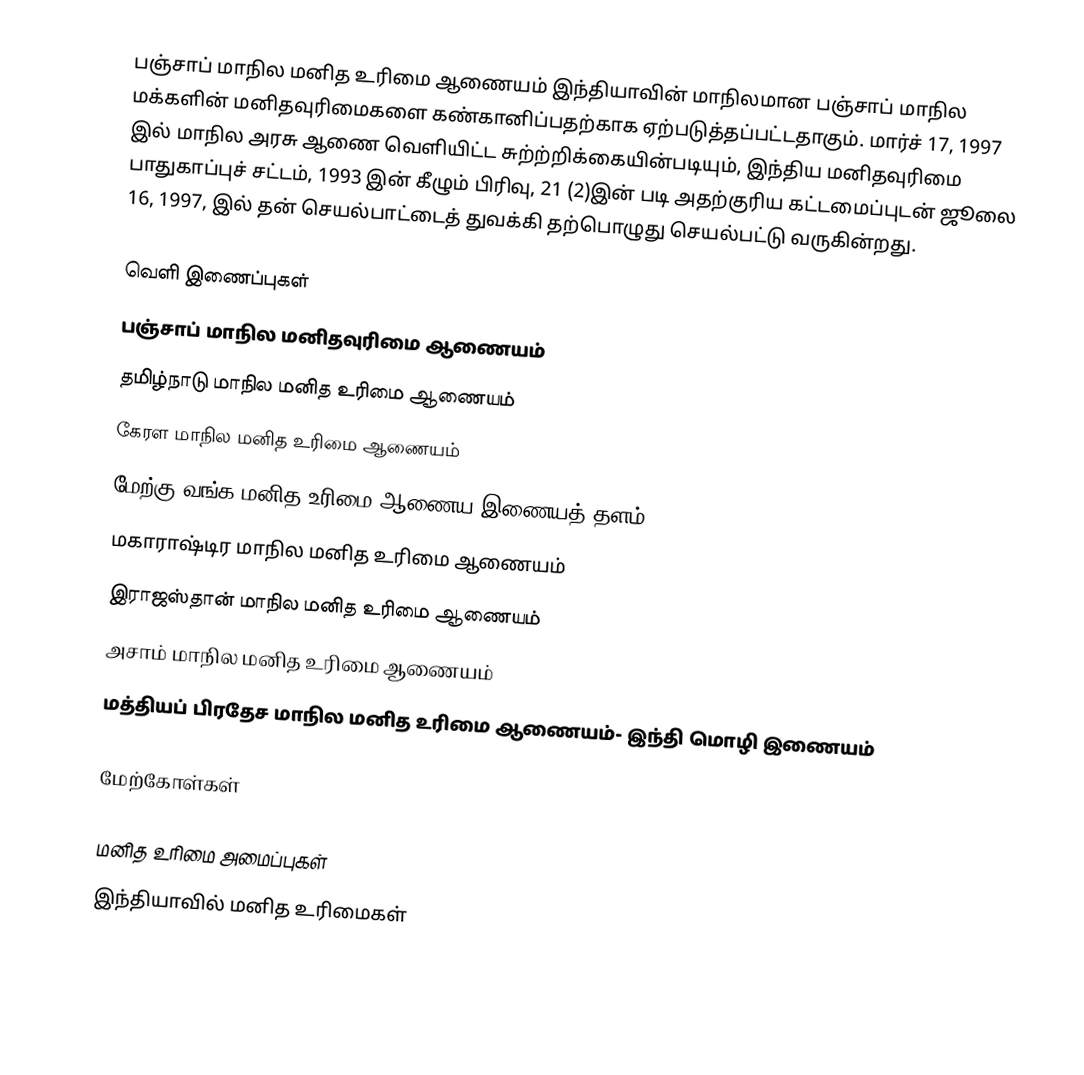
பஞ்சாப் மாநில மனித உரிமை ஆணையம் இந்தியாவின் மாநிலமான பஞ்சாப் மாநில மக்களின் மனிதவுரிமைகளை கண்கானிப்பதற்காக ஏற்படுத்தப்பட்டதாகும். மார்ச் 17, 1997 இல் மாநில அரசு ஆணை வெளியிட்ட சுற்ற்றிக்கையின்படியும், இந்திய மனிதவுரிமை பாதுகாப்புச் சட்டம், 1993 இன் கீழும் பிரிவு, 21 (2)இன் படி அதற்குரிய கட்டமைப்புடன் ஜூலை 16, 1997, இல் தன் செயல்பாட்டைத் துவக்கி தற்பொழுது செயல்பட்டு வருகின்றது.

வெளி இணைப்புகள்
பஞ்சாப் மாநில மனிதவுரிமை ஆணையம்
தமிழ்நாடு மாநில மனித உரிமை ஆணையம்
கேரள மாநில மனித உரிமை ஆணையம்
மேற்கு வங்க மனித உரிமை ஆணைய இணையத் தளம்
மகாராஷ்டிர மாநில மனித உரிமை ஆணையம்
இராஜஸ்தான் மாநில மனித உரிமை ஆணையம்
அசாம் மாநில மனித உரிமை ஆணையம்
மத்தியப் பிரதேச மாநில மனித உரிமை ஆணையம்- இந்தி மொழி இணையம்

மேற்கோள்கள்

மனித உரிமை அமைப்புகள்
இந்தியாவில் மனித உரிமைகள்